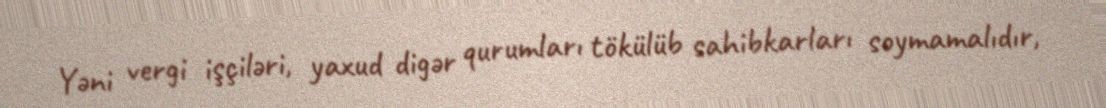
Yəni vergi işçiləri, yaxud digər qurumları tökülüb sahibkarları soymamalıdır,